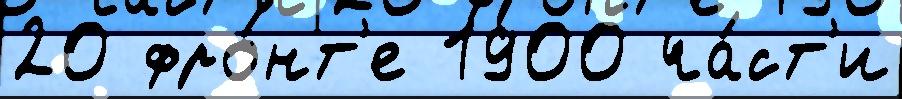
20 фро́нт'е 1900 ча́ст'и